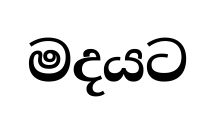
මදයට